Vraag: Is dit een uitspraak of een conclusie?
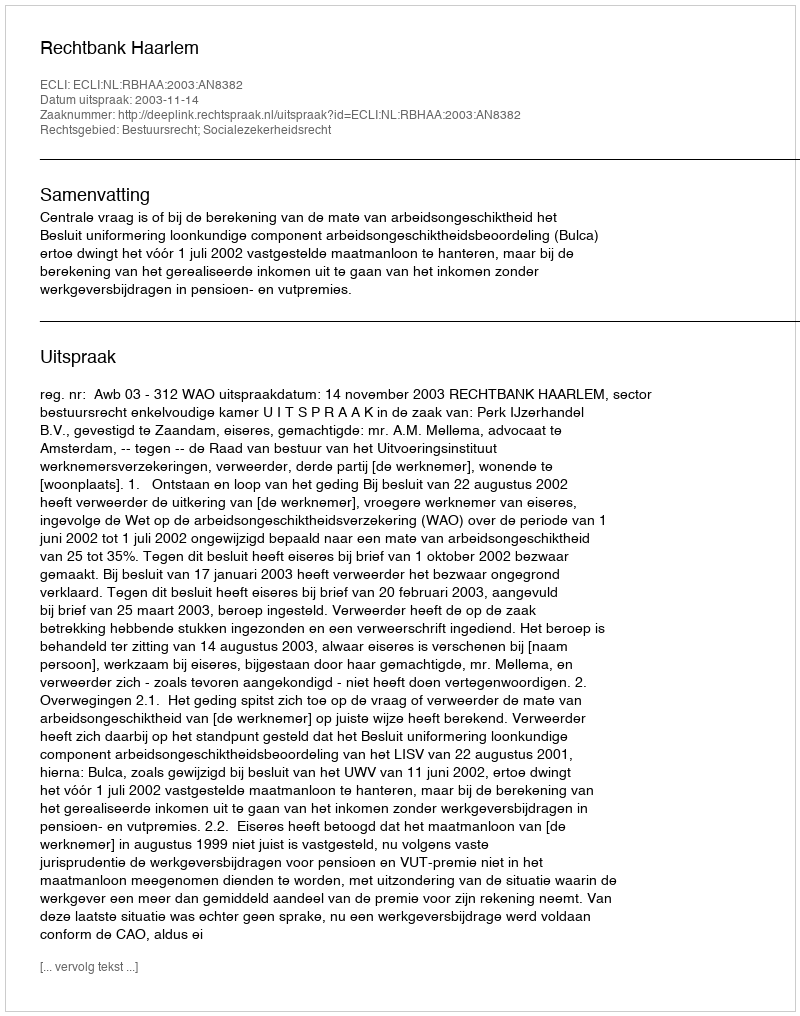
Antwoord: Uitspraak